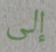
إلى